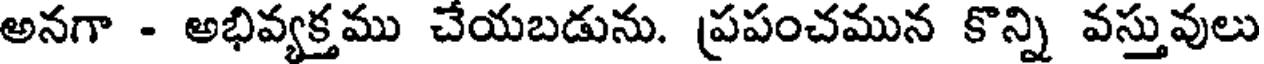
అనగా - అభివ్యక్తము చేయబడును. ప్రపంచమున కొన్ని వస్తువులు